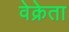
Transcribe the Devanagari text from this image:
वेक्रेता